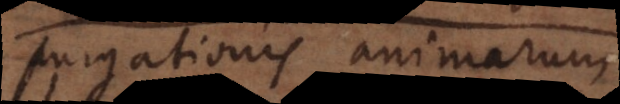
purgationis animarum